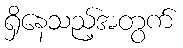
ရှိနေသည့်အတွက်